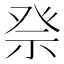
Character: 𥙊